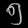
Digit: ၅